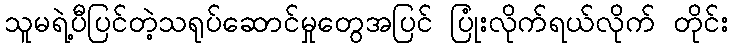
သူမရဲ့ပီပြင်တဲ့သရုပ်ဆောင်မှုတွေအပြင် ပြုံးလိုက်ရယ်လိုက် တိုင်း